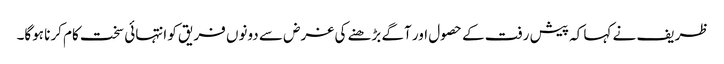
ظریف نے کہا کہ پیش رفت کے حصول اور آگے بڑھنے کی غرض سے دونوں فریق کو انتہائی سخت کام کرنا ہوگا۔